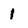
Character: 1